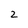
Character: 2